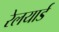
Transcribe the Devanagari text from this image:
रेलयार्ड